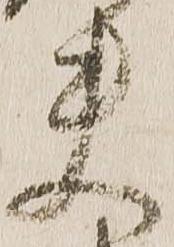
夫